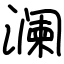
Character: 澜